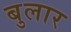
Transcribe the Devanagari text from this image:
बुलार